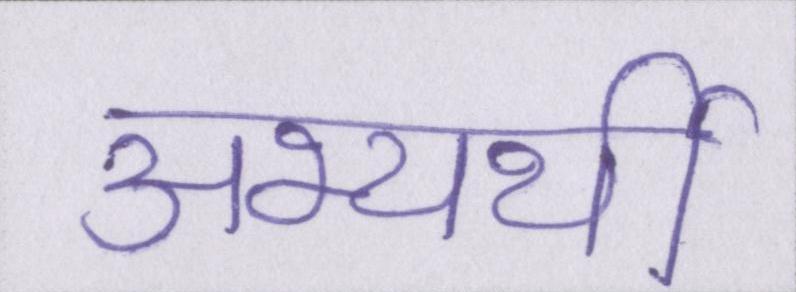
अभ्यर्थी